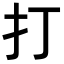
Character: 打